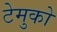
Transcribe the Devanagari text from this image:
टेमुको